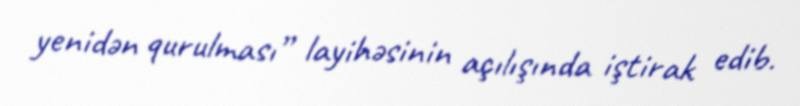
yenidən qurulması” layihəsinin açılışında iştirak edib.